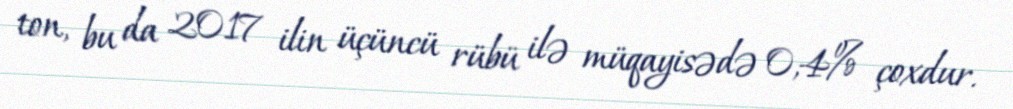
ton, bu da 2017 ilin üçüncü rübü ilə müqayisədə 0,4% çoxdur.